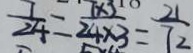
\frac { 7 } { 2 4 } = \frac { 7 \times 3 } { 2 4 \times 3 } = \frac { 2 1 } { 7 2 }